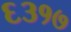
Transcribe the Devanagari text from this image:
६३१७